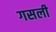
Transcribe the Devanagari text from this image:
गसली